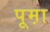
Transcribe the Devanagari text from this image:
पूम़ा